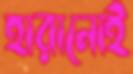
হারানোই